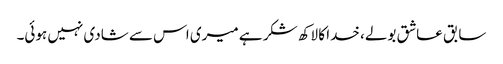
سابق عاشق بولے، خدا کا لاکھ شکر ہے میری اس سے شادی نہیں ہوئی۔